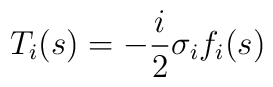
T_i(s)=-\frac{i}{2}\sigma_i f_i(s)